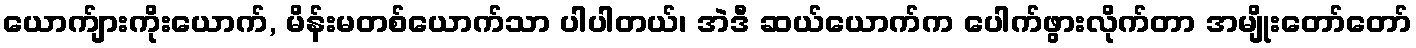
ယောက်ျားကိုးယောက်, မိန်းမတစ်ယောက်သာ ပါပါတယ်၊ အဲဒီ ဆယ်ယောက်က ပေါက်ဖွားလိုက်တာ အမျိုးတော်တော်